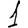
Digit: 1